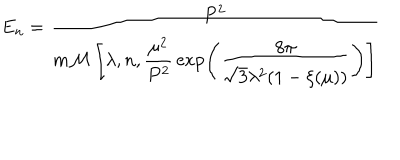
LaTeX: E _ { n } = \frac { P ^ { 2 } } { m { \cal M } \left[ \lambda , n , \displaystyle { \frac { \mu ^ { 2 } } { P ^ { 2 } } } \exp \left( { \frac { 8 \pi } { \sqrt { 3 } \lambda ^ { 2 } ( 1 - \xi ( \mu ) ) } } \right) \right] }